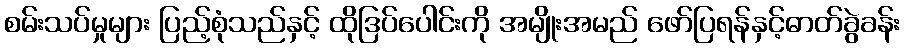
စမ်းသပ်မှုများ ပြည့်စုံသည်နှင့် ထိုဒြပ်ပေါင်းကို အမျိုးအမည် ဖော်ပြရန်နှင့်ဓာတ်ခွဲခန်း